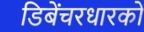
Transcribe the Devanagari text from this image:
डिबेंचरधारकों